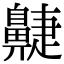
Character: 𪖮